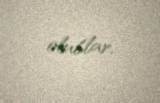
olublar.